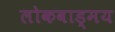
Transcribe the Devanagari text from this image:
लोकवाड्मय